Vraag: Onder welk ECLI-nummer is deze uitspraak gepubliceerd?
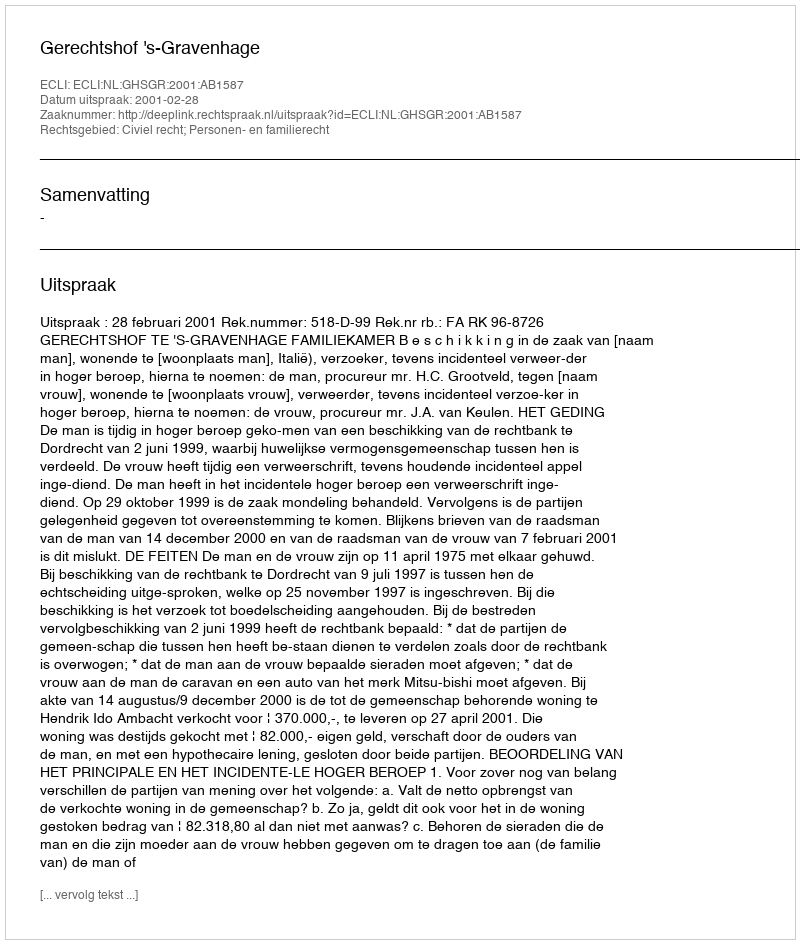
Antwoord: ECLI:NL:GHSGR:2001:AB1587